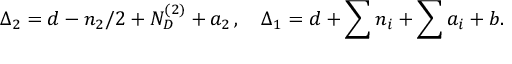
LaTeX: \Delta _ { 2 } = d - n _ { 2 } / 2 + N _ { D } ^ { ( 2 ) } + a _ { 2 } \, , \quad \Delta _ { 1 } = d + \sum n _ { i } + \sum a _ { i } + b .